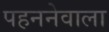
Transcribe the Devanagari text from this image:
पहननेवाला